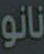
نانو